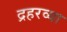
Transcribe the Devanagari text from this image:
द्रहरव्या